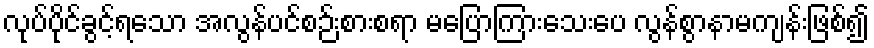
လုပ်ပိုင်ခွင့်ရသော အလွန်ပင်စဉ်းစားစရာ မပြောကြားသေးပေ လွန်စွာနာမကျန်းဖြစ်၍